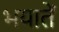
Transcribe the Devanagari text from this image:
भयातें